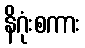
နိဂုံးစကား